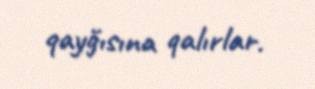
qayğısına qalırlar.